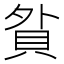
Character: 𧵏